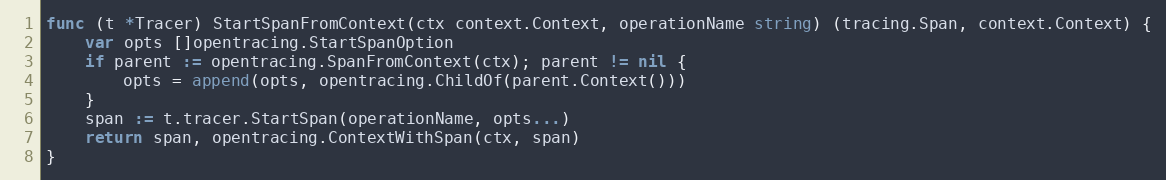
Language: Go
func (t *Tracer) StartSpanFromContext(ctx context.Context, operationName string) (tracing.Span, context.Context) {
	var opts []opentracing.StartSpanOption
	if parent := opentracing.SpanFromContext(ctx); parent != nil {
		opts = append(opts, opentracing.ChildOf(parent.Context()))
	}
	span := t.tracer.StartSpan(operationName, opts...)
	return span, opentracing.ContextWithSpan(ctx, span)
}